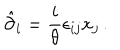
LaTeX: \hat { \partial } _ { i } = \displaystyle { \frac { i } { \theta } } \epsilon _ { i j } x _ { j } \, .